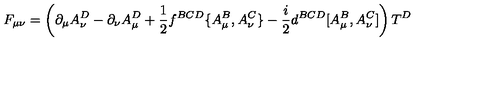
F _ { \mu \nu } = \left( \partial _ { \mu } A _ { \nu } ^ { D } - \partial _ { \nu } A _ { \mu } ^ { D } + { \frac { 1 } { 2 } } f ^ { B C D } \{ A _ { \mu } ^ { B } , A _ { \nu } ^ { C } \} - { \frac { i } { 2 } } d ^ { B C D } [ A _ { \mu } ^ { B } , A _ { \nu } ^ { C } ] \right) T ^ { D }